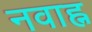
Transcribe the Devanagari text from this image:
नवाह्न